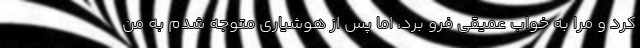
کرد و مرا به خواب عمیقی فرو برد، اما پس از هوشیاری متوجه شدم به من